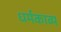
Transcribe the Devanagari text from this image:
धर्मकाव्य